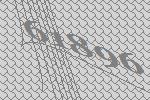
61896